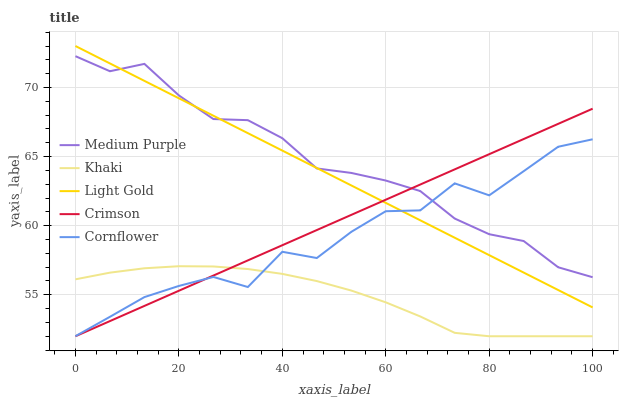
| xaxis_label | Medium Purple | Khaki | Light Gold | Crimson | Cornflower |
 | --- | --- | --- | --- | --- | --- |
 | 0 | 72.3 | 56.1 | 73 | 52 | 52 |
 | 6.67 | 71.2 | 56.6 | 71.7 | 53.1 | 53.4 |
 | 13.3 | 71.7 | 56.9 | 70.5 | 54.2 | 54.8 |
 | 20 | 69.4 | 57.1 | 69.2 | 55.3 | 55.6 |
 | 26.7 | 67.7 | 57 | 68 | 56.4 | 56.3 |
 | 33.3 | 67.6 | 56.9 | 66.7 | 57.5 | 55.6 |
 | 40 | 66.3 | 56.5 | 65.4 | 58.6 | 58.1 |
 | 46.7 | 64.1 | 56 | 64.2 | 59.7 | 57.7 |
 | 53.3 | 63.8 | 55.3 | 62.9 | 60.8 | 59.6 |
 | 60 | 63.3 | 54.5 | 61.7 | 61.9 | 61 |
 | 66.7 | 62.5 | 53.4 | 60.4 | 63 | 61.1 |
 | 73.3 | 60.5 | 52.2 | 59.1 | 64.1 | 63.1 |
 | 80 | 59.4 | 52 | 57.9 | 65.2 | 62.2 |
 | 86.7 | 58.9 | 52 | 56.6 | 66.3 | 63.9 |
 | 93.3 | 57 | 52 | 55.3 | 67.4 | 65.7 |
 | 100 | 56.3 | 52 | 54.1 | 68.5 | 66.3 |